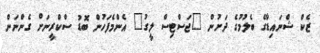
ޒެކް ޝްނައިޑާގެ ބެލުމުގެ ދަށުން "ޖަސްޓިސް ލީގު" އެންމެފަހުން ބޮޑު ސްކްރީނަށް ގެންނަން